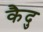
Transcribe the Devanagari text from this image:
कैदु